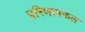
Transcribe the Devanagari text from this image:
परिणामफल